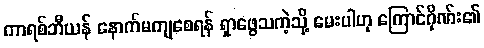
ကာရစ်ဘီယန် နောက်မကျစေရန် ရှာဖွေသကဲ့သို့ မေးပါဟု ကြောင်ဂိုဏ်း၏